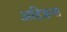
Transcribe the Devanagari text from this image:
अहिङना